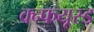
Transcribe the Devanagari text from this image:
क्न्फयूस्ड